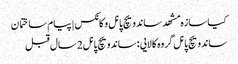
کیا سازه مشهد ساندویچ پانل و کانکس | پیام ساختمان
ساندویچ پانل گروه کالایی : ساندویچ پانل2 سال قبل